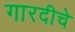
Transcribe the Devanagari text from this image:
गारदीचे